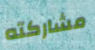
مشاركته